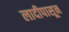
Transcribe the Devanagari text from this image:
लादीपासून